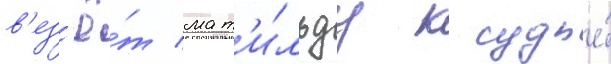
в'ез'ё́т мат'и́льду к судье́